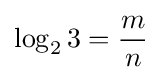
\log _{2}3={\frac {m}{n}}